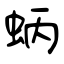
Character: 蛃